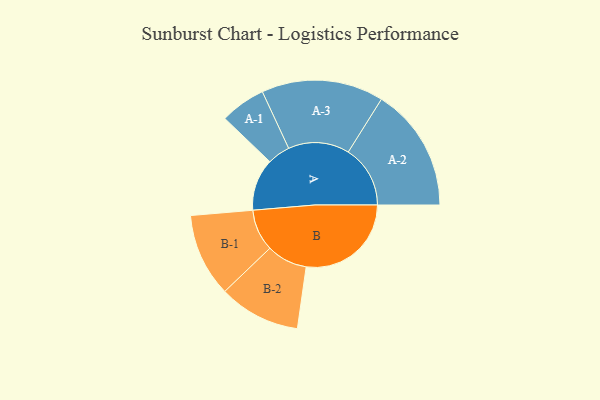
{"axis": {"x": "Segment", "y": "Value"}, "legend": ["", "A", "B"], "data": [{"x": "A", "y": 231, "type": ""}, {"x": "B", "y": 466, "type": ""}, {"x": "A-1", "y": 101, "type": "A"}, {"x": "A-2", "y": 275, "type": "A"}, {"x": "A-3", "y": 271, "type": "A"}, {"x": "B-1", "y": 185, "type": "B"}, {"x": "B-2", "y": 181, "type": "B"}]}